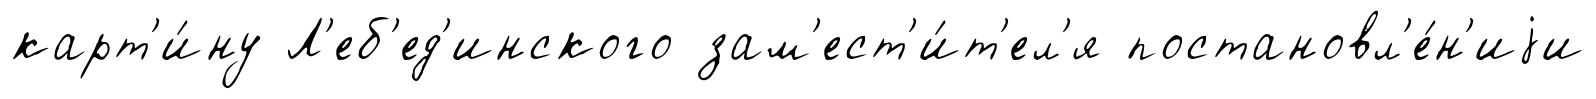
карт'и́ну Л'еб'ед'инского зам'ест'и́т'ел'я постановл'е́н'иjи